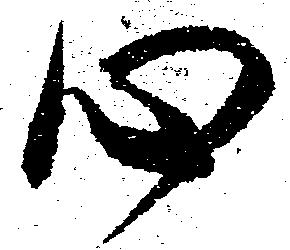
心